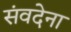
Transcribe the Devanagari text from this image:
संवदेना